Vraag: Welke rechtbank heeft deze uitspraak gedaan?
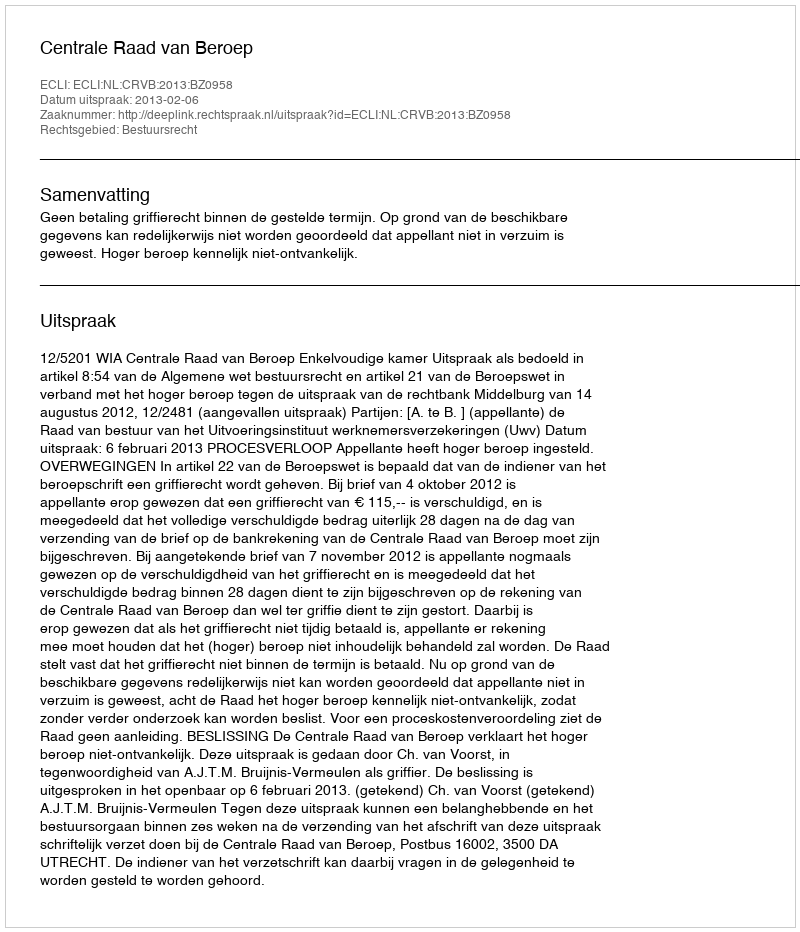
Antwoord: Centrale Raad van Beroep